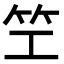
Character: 笁